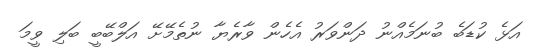
އަޅެ ކުޑަބެ ބުނަމެއްނު ދަންވަރު އެހެން ވާރެޔާ ނުތެމޭށޭ އަލްބޭބީ ބަލި ވީމަ